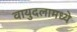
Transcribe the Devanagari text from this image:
वायुदलामध्ये